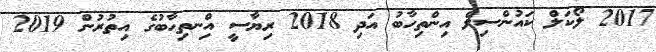
2017 ލޯކަލް ކައުންސިލް އިންތިހާބު އަދި 2018 ރިޔާސީ އިްނތިހާބުގެ އިތުރުން 2019